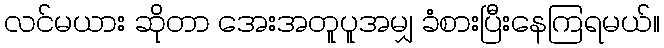
လင်မယား ဆိုတာ အေးအတူပူအမျှ ခံစားပြီးနေကြရမယ်။